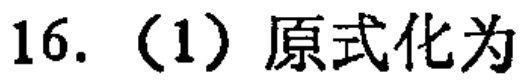
16. （1）原式化为